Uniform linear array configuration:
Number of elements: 16
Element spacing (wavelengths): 1
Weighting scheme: kaiser
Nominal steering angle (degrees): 30
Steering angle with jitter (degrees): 31.651
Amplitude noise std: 0.05
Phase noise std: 0.05

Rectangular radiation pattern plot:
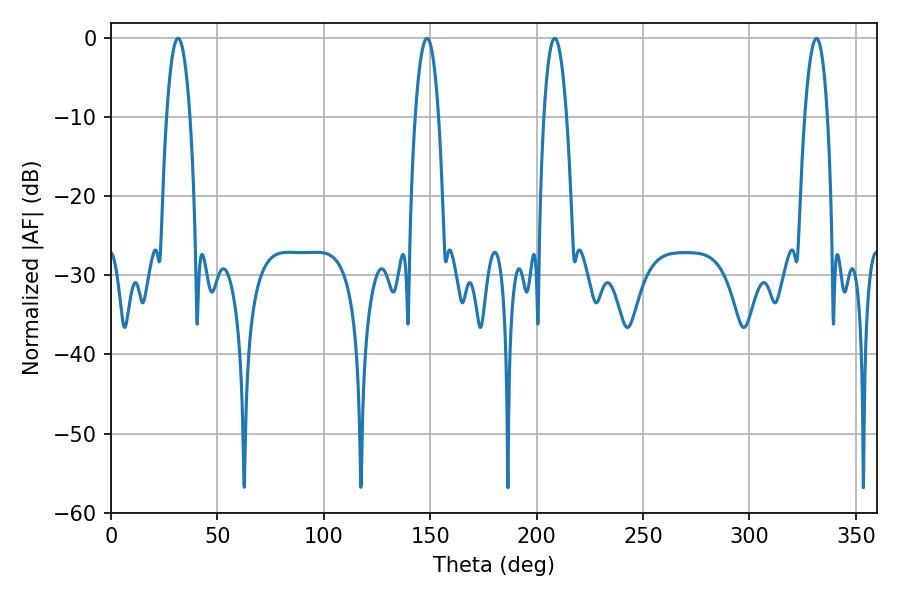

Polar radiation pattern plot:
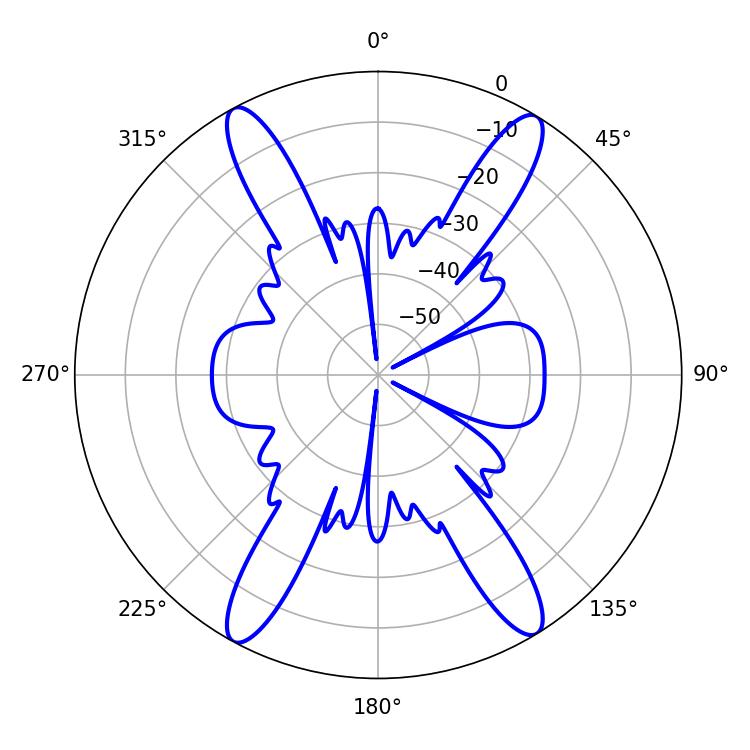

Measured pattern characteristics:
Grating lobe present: TRUE
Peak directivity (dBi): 21.776
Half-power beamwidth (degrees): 6.12
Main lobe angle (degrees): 31.5